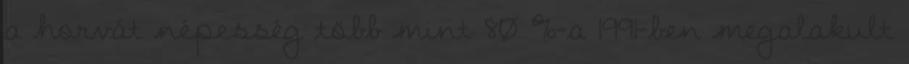
a horvát népesség több mint 80 %-a 1991-ben megalakult